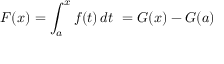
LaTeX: F ( x ) = \int _ { a } ^ { x } f ( t ) \, d t \ = G ( x ) - G ( a )